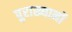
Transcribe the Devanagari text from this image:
पुराख्यानों